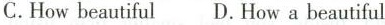
C.How beautiful D.How a beautiful